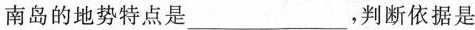
南岛的地势特点是___，判断依据是